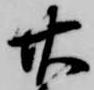
廿